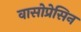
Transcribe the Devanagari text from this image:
वासोप्रेसिन